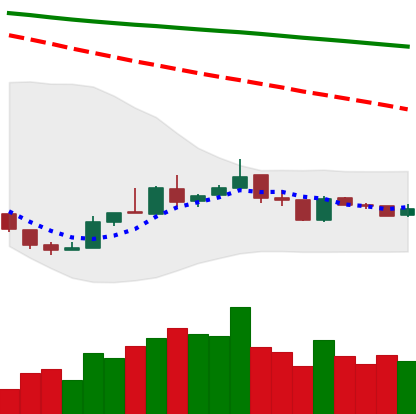
Ticker: XLM-USD
Chart end date: 2019-01-01
Forward return: 3.842%
Label: up_3_5